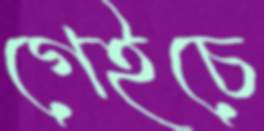
গেইচে